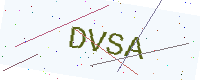
Text: DVSA